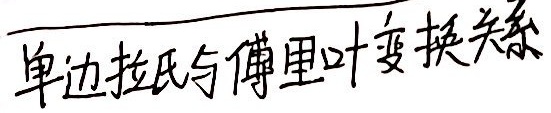
单边拉氏与傅里叶变换关系